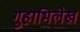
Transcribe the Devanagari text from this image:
गुहाभिलेख